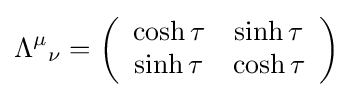
{\Lambda ^{\mu }}_{\nu }=\left({\begin{array}{cc}\cosh \tau &\sinh \tau \\\sinh \tau &\cosh \tau \end{array}}\right)